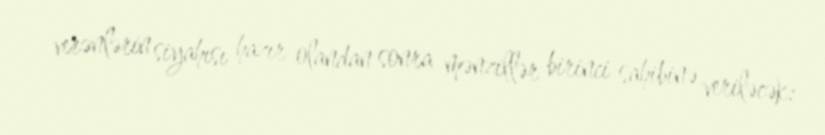
verənlərin siyahısı hazır olandan sonra mənzillər birinci sahibinə veriləcək: